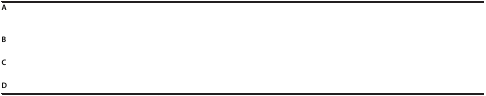
<table><thead><tr><td>[EMPTY_CELL]</td><td>[EMPTY_CELL]</td></tr></thead><tbody><tr><td><b>A</b></td><td>[EMPTY_CELL]</td></tr><tr><td><b>B</b></td><td>[EMPTY_CELL]</td></tr><tr><td><b>C</b></td><td>[EMPTY_CELL]</td></tr><tr><td><b>D</b></td><td>[EMPTY_CELL]</td></tr></tbody></table>